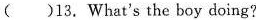
( )13. What's the boy doing?